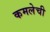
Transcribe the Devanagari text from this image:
कमलेची